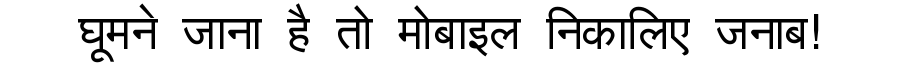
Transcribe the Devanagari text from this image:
घूमने जाना है तो मोबाइल निकालिए जनाब!